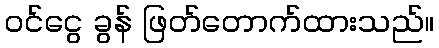
ဝင်ငွေ ခွန် ဖြတ်တောက်ထားသည်။